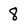
Character: 8